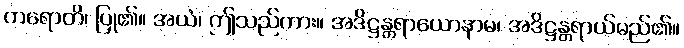
ကရောတိ၊ ပြု၏။ အယံ၊ ဤသည်ကား။ အဒိဋ္ဌန္တရာယောနာမ၊ အဒိဋ္ဌန္တရာယ်မည်၏။